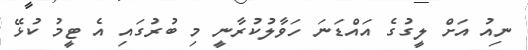
ނިއު އަށް ލީގުގެ އައްޑަނަ ހަވާލުކުރާނީ މި ބުރުގައި އެ ޓީމު ކުޅޭ